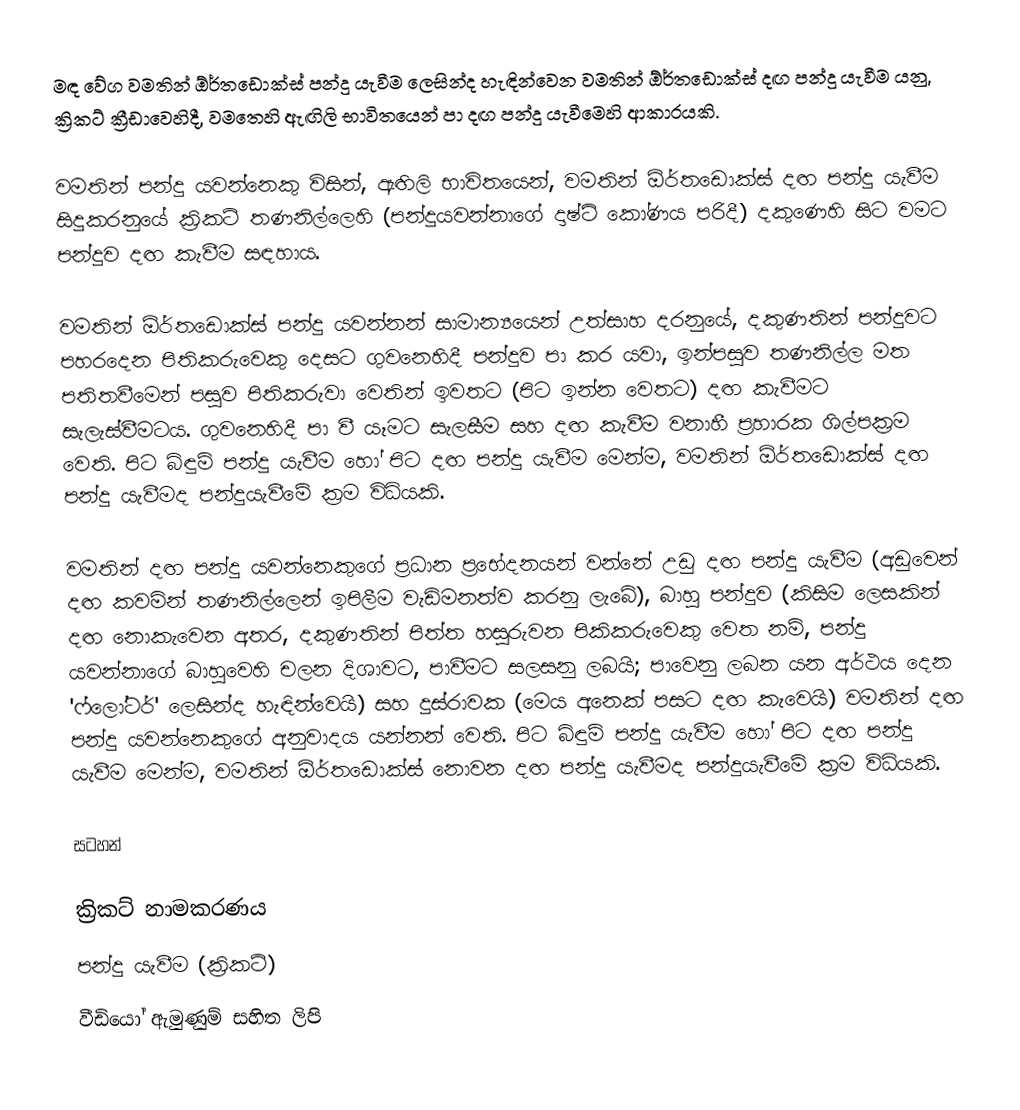
මඳ වේග වමතින් ඕර්තඩොක්ස් පන්දු යැවීම ලෙසින්ද හැඳින්වෙන වමතින් ඕර්තඩොක්ස් දඟ පන්දු යැවීම යනු,  ක්‍රිකට් ක්‍රීඩාවෙහිදී, වමතෙහි ඇඟිලි භාවිතයෙන් පා දඟ පන්දු යැවීමෙහි ආකාරයකි.

වමතින් පන්දු යවන්නෙකු විසින්,  ඇඟිලි භාවිතයෙන්, වමතින් ඕර්තඩොක්ස් දඟ පන්දු යැවීම සිදුකරනුයේ ක්‍රිකට් තණනිල්ලෙහි (පන්දුයවන්නාගේ දාෂ්ටි කෝණය පරිදී) දකුණෙහි සිට වමට පන්දුව දඟ කැවීම සඳහාය.

වමතින් ඕර්තඩොක්ස් පන්දු යවන්නන් සාමාන්‍යයෙන් උත්සාහ දරනුයේ, දකුණතින් පන්දුවට පහරදෙන පිතිකරුවෙකු දෙසට ගුවනෙහිදී පන්දුව පා කර යවා, ඉන්පසුව තණනිල්ල මත පතිතවීමෙන් පසුව පිතිකරුවා වෙතින් ඉවතට (පිට ඉන්න වෙතට) දඟ කැවීමට සැලැස්වීමටය. ගුවනෙහිදී පා වී යෑමට සැලසීම සහ දඟ කැවීම වනාහී ප්‍රහාරක ශිල්පක්‍රම වෙති. පිට බිඳුම් පන්දු යැවීම හෝ පිට දඟ පන්දු යැවීම මෙන්ම, වමතින් ඕර්තඩොක්ස් දඟ පන්දු යැවීමද පන්දුයැවීමේ ක්‍රම විධියකි.

වමතින් දඟ පන්දු යවන්නෙකුගේ ප්‍රධාන ප්‍රභේදනයන් වන්නේ උඩු දඟ පන්දු යැවීම (අඩුවෙන් දඟ කවමින් තණනිල්ලෙන් ඉපිලීම වැඩිමනත්ව කරනු ලැබේ), බාහු පන්දුව (කිසිම ලෙසකින් දඟ නොකැවෙන අතර, දකුණතින් පිත්ත හසුරුවන පිකිකරුවෙකු වෙත නම්,  පන්දු යවන්නාගේ බාහුවෙහි චලන දිශාවට,  පාවීමට සලසනු ලබයි; පාවෙනු ලබන යන අර්ථය දෙන 'ෆ්ලෝටර්' ලෙසින්ද හැඳින්වෙයි) සහ  දුස්රාවක (මෙය අනෙක් පසට දඟ කැවෙයි) වමතින් දඟ පන්දු යවන්නෙකුගේ අනුවාදය යන්නන් වෙති. පිට බිඳුම් පන්දු යැවීම හෝ පිට දඟ පන්දු යැවීම මෙන්ම,  වමතින් ඕර්තඩොක්ස් නොවන දඟ පන්දු යැවීමද පන්දුයැවීමේ ක්‍රම විධියකි.

සටහන්

ක්‍රිකට් නාමකරණය
පන්දු යැවීම (ක්‍රිකට්)
වීඩියෝ ඇමුණුම් සහිත ලිපි